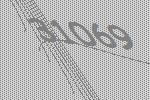
31069